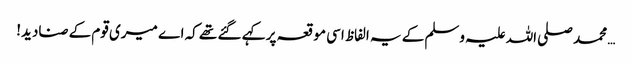
… محمد صلی اللہ علیہ وسلم کے یہ الفاظ اسی موقعہ پر کہے گئے تھے کہ اے میری قوم کے صنادید!